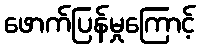
ဖောက်ပြန်မှုကြောင့်